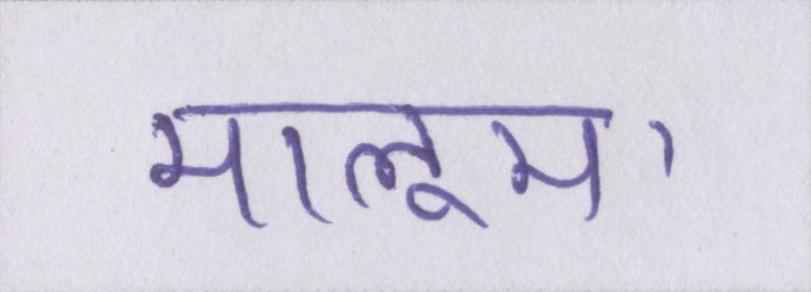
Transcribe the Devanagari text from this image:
मालूम।